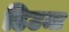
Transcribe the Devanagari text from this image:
डिउमा